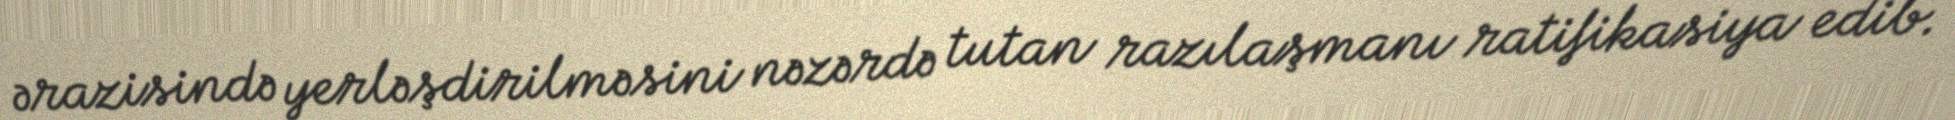
ərazisində yerləşdirilməsini nəzərdə tutan razılaşmanı ratifikasiya edib.